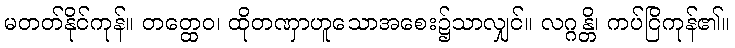
မတတ်နိုင်ကုန်။ တတ္ထေဝ၊ ထိုတဏှာဟူသောအစေး၌သာလျှင်။ လဂ္ဂန္တိ၊ ကပ်ငြိကုန်၏။